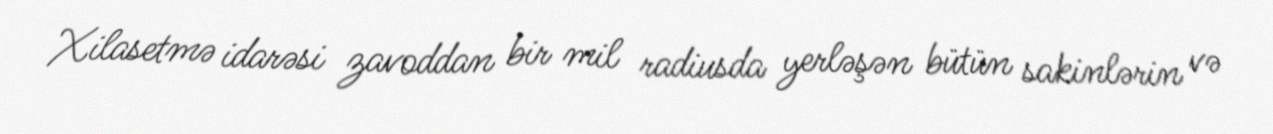
Xilasetmə idarəsi zavoddan bir mil radiusda yerləşən bütün sakinlərin və